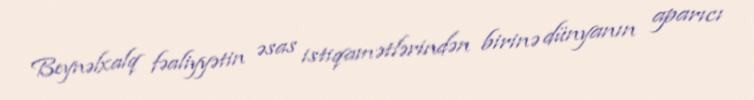
Beynəlxalq fəaliyyətin əsas istiqamətlərindən birinə dünyanın aparıcı